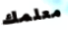
معلمك